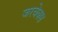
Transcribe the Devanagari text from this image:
जरवेक्स